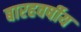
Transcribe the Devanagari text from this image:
बारहवर्षीय